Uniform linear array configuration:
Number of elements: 12
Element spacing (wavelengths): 0.75
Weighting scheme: hamming
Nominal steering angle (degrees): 45
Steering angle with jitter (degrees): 44.746
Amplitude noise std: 0.05
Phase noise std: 0.05

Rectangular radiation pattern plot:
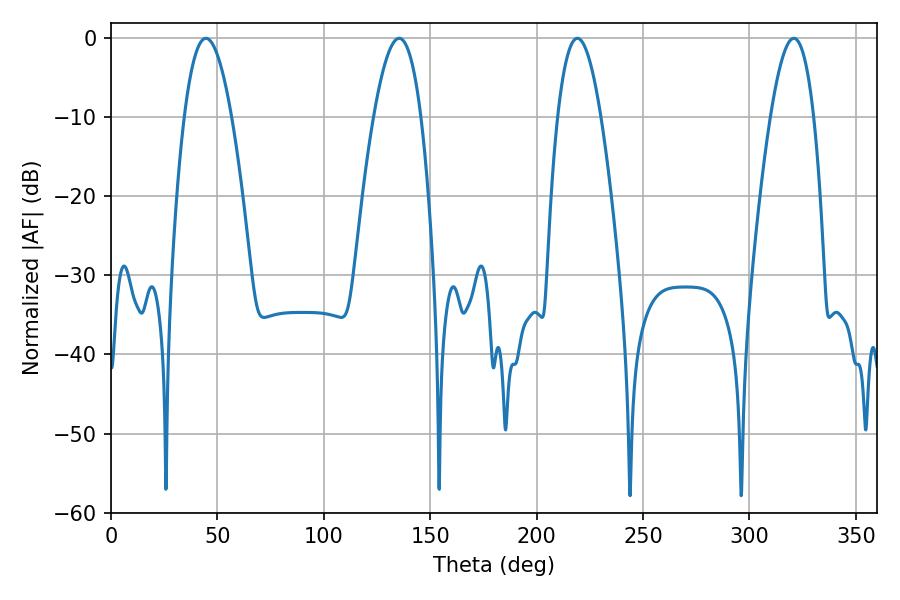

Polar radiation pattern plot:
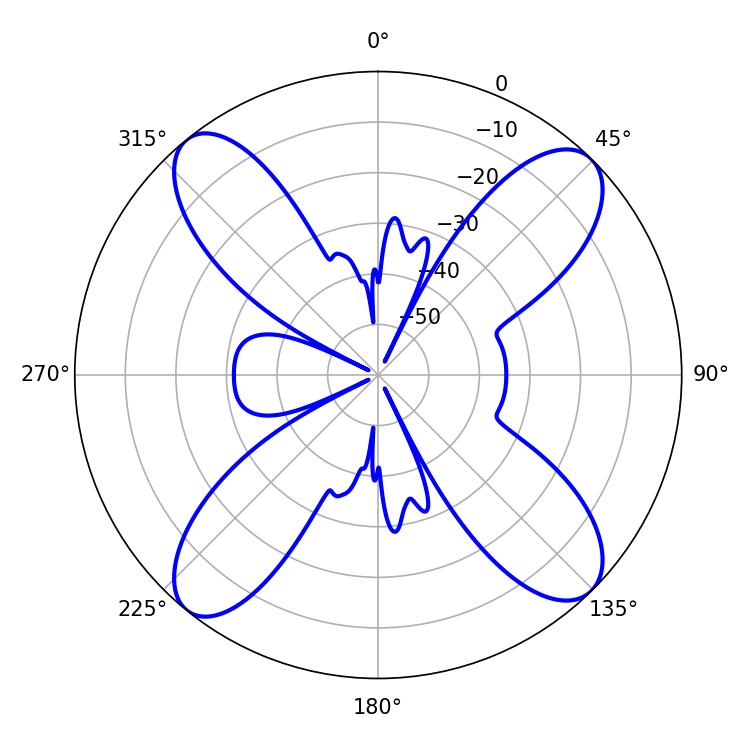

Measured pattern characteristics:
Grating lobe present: TRUE
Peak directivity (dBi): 15.49
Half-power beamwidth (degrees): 12.06
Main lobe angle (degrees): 44.64